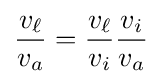
{\frac {v_{\ell }}{v_{a}}}={\frac {v_{\ell }}{v_{i}}}{\frac {v_{i}}{v_{a}}}